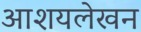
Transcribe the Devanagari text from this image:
आशयलेखन